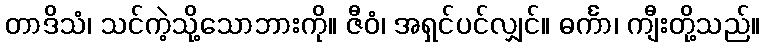
တာဒိသံ၊ သင်ကဲ့သို့သောဘားကို။ ဇီဝံ၊ အရှင်ပင်လျှင်။ ဓင်္ကာ၊ ကျီးတို့သည်။